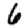
Digit: 6